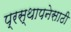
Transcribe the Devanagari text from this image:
प्रस्थापनेसाठी